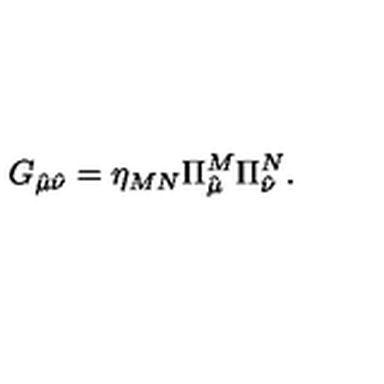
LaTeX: G _ { \hat { \mu } \hat { \nu } } = \eta _ { M N } \Pi _ { \hat { \mu } } ^ { M } \Pi _ { \hat { \nu } } ^ { N } .